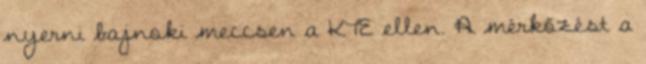
nyerni bajnoki meccsen a KTE ellen. A mérkőzést a